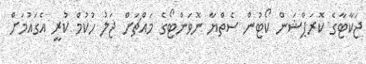
ޖަކާޓާގެ ކޮރަޕްޝަން ކޯޓުން ސެތްޔާ ނޮވަންޓޯގެ މައްޗަށް ޖަލު ހުކުމް ކުރީ އެގައުމަށް